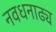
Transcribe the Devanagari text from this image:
नवधनाढ्य